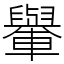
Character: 轝